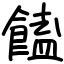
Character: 饁